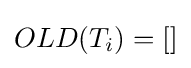
OLD(T_{i})=[]